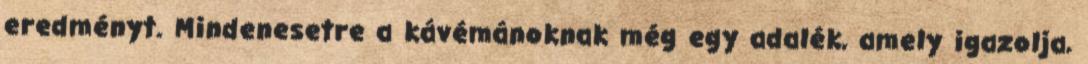
eredményt. Mindenesetre a kávémánoknak még egy adalék, amely igazolja,